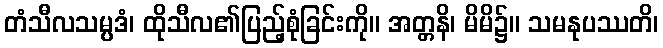
တံသီလသမ္ပဒံ၊ ထိုသီလ၏ပြည့်စုံခြင်းကို။ အတ္တနိ၊ မိမိ၌။ သမနုပဿတိ၊